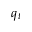
q _ { t }